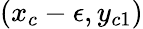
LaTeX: (x_{c}-\epsilon,y_{c1})